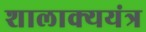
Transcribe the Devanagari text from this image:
शालाक्ययंत्र